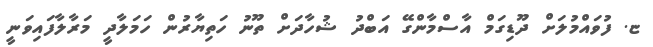
ޏ. ފުވައްމުލަށް ދޫޑިގަމް އާސްމާންގޭ އަބްދު ޝުހާދަށް ތޫނު ހަތިޔާރުން ހަމަލާދީ މަރާލާފައިވަނީ